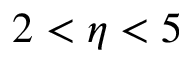
2 < \eta < 5